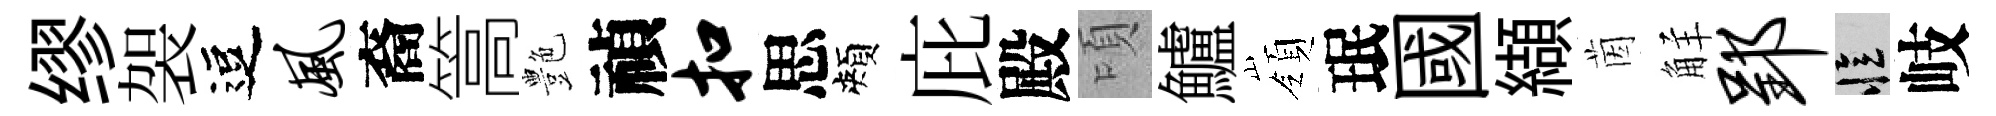
缪袈逗风裔篙艶禎扣思頰庇殿頃鱸嶺珉國纈茵觧郢忆岐